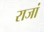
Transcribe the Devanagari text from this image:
राजां